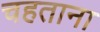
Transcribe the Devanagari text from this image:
चहताना